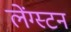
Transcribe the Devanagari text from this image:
लेंग्स्टन